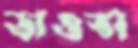
ভাওতা